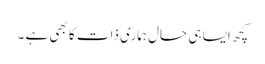
کچھ ایسا ہی حال ہماری ذات کا بھی ہے ۔